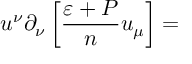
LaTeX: u ^ { \nu } \partial _ { \nu } \left[ \frac { \varepsilon + P } { n } u _ { \mu } \right] =